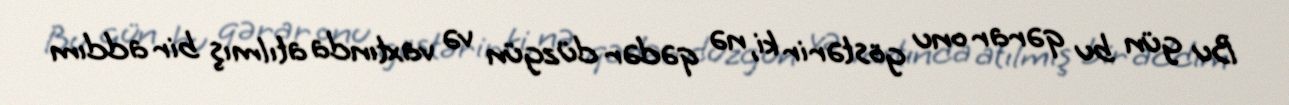
Bu gün bu qərar onu göstərir ki, nə qədər düzgün və vaxtında atılmış bir addım